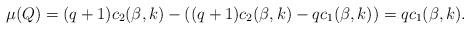
LaTeX: \begin{align*}\mu(Q)=(q+1)c_2(\beta,k)-\left((q+1)c_2(\beta,k)-qc_1(\beta,k)\right) = q c_1(\beta,k).\end{align*}